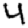
Digit: 4